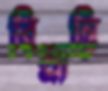
বিশ্রান্তি